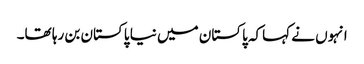
انہوں نے کہاکہ پاکستان میں نیا پاکستان بن رہا تھا۔